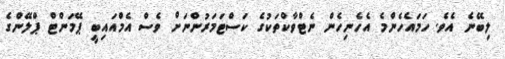
ލިބޭނެ އެވެ. ހަމައެހެންމެ އެހެނިހެން ނެޓްވާކްތަކުގެ ކަސްޓަމަރުންނަށް ވެސް އެމްއައިބީ ޕޭމަންޓް ޕްލޭންގެ